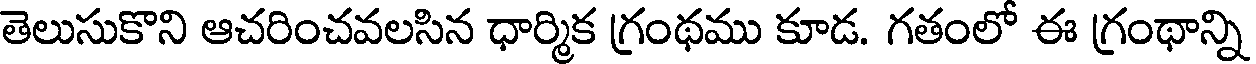
తెలుసుకొని ఆచరించవలసిన ధార్మిక గ్రంథము కూడ. గతంలో ఈ గ్రంథాన్ని